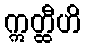
ဣတ္ထီဟိ